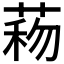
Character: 𦴙